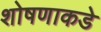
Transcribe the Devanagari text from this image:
शोषणाकडे